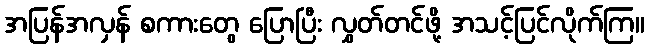
အပြန်အလှန် စကားတွေ ပြောပြီး လွှတ်တင်ဖို့ အသင့်ပြင်လိုက်ကြ။